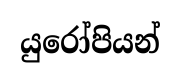
යුරෝපියන්